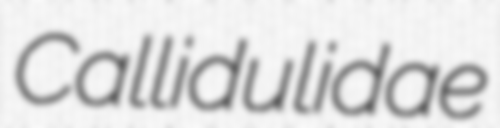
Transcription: Callidulidae